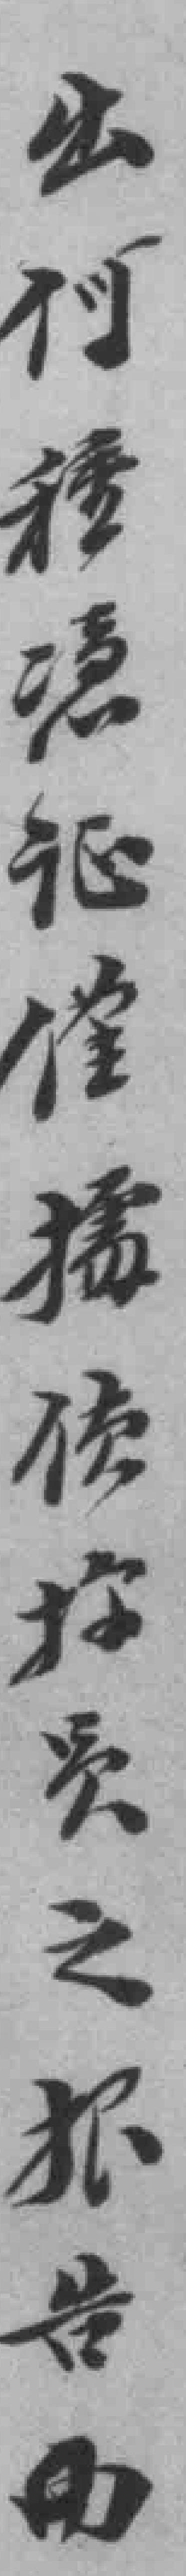
出何種*催*員之報告由